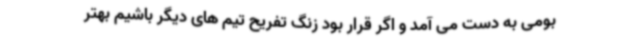
بومی به دست می آمد و اگر قرار بود زنگ تفریح تیم های دیگر باشیم بهتر